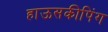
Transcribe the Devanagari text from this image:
हाऊसकीपिंग